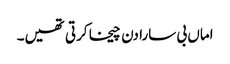
اماں بی سارا دن چیخا کرتی تھیں۔